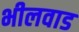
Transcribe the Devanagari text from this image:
भीलवाड